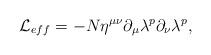
LaTeX: \begin{align*}{\cal L}_{eff} = -N \eta^{\mu \nu} \partial_{\mu}\lambda^p \partial_{\nu}\lambda^p,\end{align*}